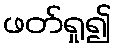
ဖတ်ရှု၍